Lunatic asylums United Provinces 1909-1921 - 1909-1921
Year: 1909
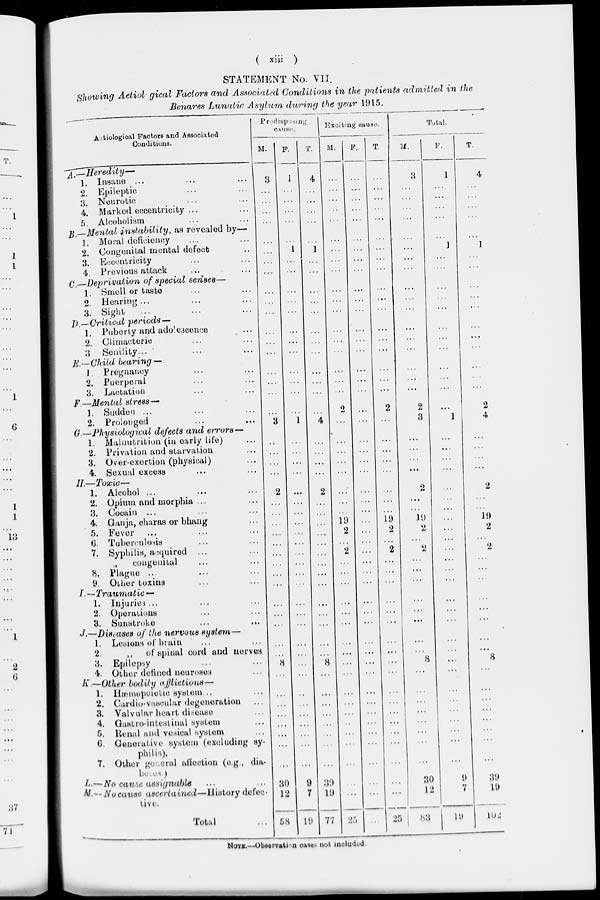
( xiii )
STATEMENT No. VII.
Showing Aetiological Factors and Associated Conditions in the patients admitted in the
Benares Lunatic Asylum during the year 1915.
Aetiological Factors and Associated
Conditions.
A.—Heredity—
1. Insane ... ... ...
2. Epileptic ... ...
3. Neurotic ... ...
4. Marked eccentricity ... ...
5. Alcoholism ... ...
B.—Mental instability,
as revealed by—
1. Moral deficiency ... ...
2. Congenital mental defect ... ...
3. Eccentricity ... ...
4. Previous attack ... ...
C.—Deprivation of special senses—
1. Smell or taste ... ...
2. Hearing ... ... ...
3. Sight ... ... ...
D.—Critical periods—
1. Puberty and adolescence ... ...
2. Climacteric ... ...
3 Senility... ... ...
E.—Child bearing —
1. Pregnancy ... ...
2. Puerperal ... ...
3. Lactation ... ...
F—Mental stress —
1. Sudden ... ... ...
2. Prolonged ... ...
G.—Physiological defects and errors —
1. Malnutrition (in early life) ...
2. Privation and starvation ...
3. Over-exertion (physical) ...
4. Sexual excess ... ...
H.—Toxic—
1. Alcohol ... ... ...
2. Opium and morphia ... ...
3. Cocain ... ... ...
4. Ganja, charas or bhang ...
5. Fever ... ... ...
6. Tuberculosis ... ...
7. Syphilis, acquired ...
„ congenital ... ...
8. Plague ...
9. Other toxins ... ...
I.—Traumatic —
1. Injuries ... ... ...
2. Operations ... ...
3. Sunstroke ... ...
J.—Diseases of the nervous system—
1. Lesions of brain ... ...
2.
„
of spinal cord and nerves
3. Epilepsy ... ...
4. Other defined neuroses ...
K.—Other bodily
afflictions—
1. Hæmopoietic system... ...
2. Cardio-vascular degeneration ...
3. Valvular heart disease ...
4. Gastro-intestinal system ...
5. Renal and vesical system ...
6. Generative system (excluding sy-
philis).
7. Other general affection (e.g., dia-
betes.
L.—No cause assignable ... ...
N.—No cause ascertained—History
defec-
tive.
Total ...
Predisposing
cause.
M.
3
...
...
...
...
...
...
...
...
...
...
...
...
...
...
...
...
...
...
3
...
...
...
...
2
...
...
...
...
...
...
...
...
...
...
...
...
...
...
...
8
...
...
...
...
...
...
...
...
30
12
58
F.
1
...
...
...
...
...
1
...
...
...
...
...
...
...
...
...
...
...
...
1
...
...
...
...
...
...
...
...
...
...
...
...
...
...
...
...
...
...
...
...
...
...
...
...
...
...
...
...
...
9
7
19
T.
4
...
...
...
...
...
1
...
...
...
...
...
...
...
...
...
...
...
...
4
...
...
...
...
2
...
...
...
...
...
...
...
...
...
...
...
...
...
...
...
8
...
...
...
...
...
...
...
...
39
19
77
Exciting cause.
M.
...
...
...
...
...
...
...
...
...
...
...
...
...
...
...
...
...
...
...
...
...
...
...
...
...
...
...
19
2
...
2
...
...
...
...
...
...
...
...
...
...
...
...
...
...
...
...
...
...
...
...
25
F.
...
...
...
...
...
...
...
...
...
...
...
...
...
...
...
...
...
...
...
...
...
...
...
...
...
...
...
...
...
...
...
...
...
...
...
...
...
...
...
...
...
...
...
...
...
...
...
...
...
...
...
...
T.
...
...
...
...
...
...
...
...
...
...
...
...
...
...
...
...
...
...
2
...
...
...
...
...
...
...
...
19
2
...
2
...
...
...
...
...
...
...
...
...
...
...
...
...
...
...
...
...
...
...
...
25
Total.
M.
3
...
...
...
...
......
...
...
...
...
...
...
...
...
...
...
...
...
2
3
...
...
...
...
2
...
...
19
2
...
2
...
...
...
...
...
...
...
...
...
8
...
...
...
...
...
...
...
...
30
12
83
F.
1
...
...
...
...
...
1
...
...
...
...
...
...
...
...
...
...
...
...
1
...
...
...
...
...
...
...
...
...
...
...
...
...
...
...
...
...
...
...
...
...
...
...
...
...
...
...
...
...
9
7
19
T.
4
...
...
...
...
...
1
...
...
...
...
...
...
...
...
...
...
...
2
4
...
...
...
...
2
...
...
19
2
...
2
...
...
...
...
...
...
...
...
...
8
...
...
...
...
...
...
...
...
39
19
102
NOTE.—Observation cases not included.